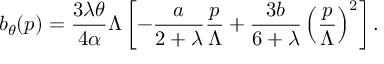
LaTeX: b _ { \theta } ( p ) = { \frac { 3 \lambda \theta } { 4 \alpha } } \Lambda \left[ - { \frac { a } { 2 + \lambda } } { \frac { p } { \Lambda } } + { \frac { 3 b } { 6 + \lambda } } \left( { \frac { p } { \Lambda } } \right) ^ { 2 } \right] .